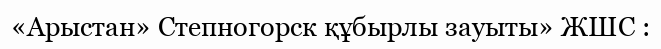
«Арыстан» Степногорск құбырлы зауыты» ЖШС :